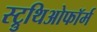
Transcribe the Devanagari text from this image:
स्ट्रुथिओफॉर्म